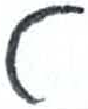
אות: ט